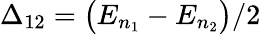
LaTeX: \Delta_{12}=\big(E_{n_{1}}-E_{n_{2}}\big)/2